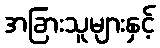
အခြားသူများနှင့်